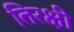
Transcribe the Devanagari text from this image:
तिरक्षी